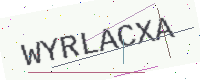
Text: WYRLACXA